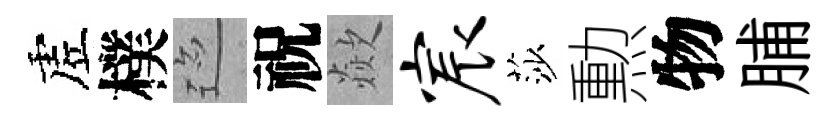
虗樸迹祝歘宸莎勲物脯